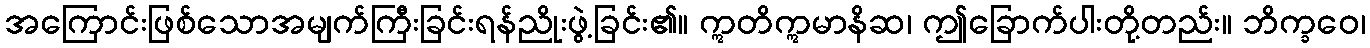
အကြောင်းဖြစ်သောအမျက်ကြီးခြင်းရန်ညိုးဖွဲ့ခြင်း၏။ ဣတိဣမာနိဆ၊ ဤခြောက်ပါးတို့တည်း။ ဘိက္ခဝေ၊